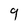
Character: 9